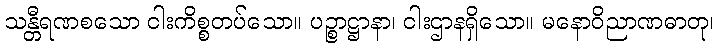
သန္တီရဏစသော ငါးကိစ္စတပ်သော။ ပဉ္စာဋ္ဌာနာ၊ ငါးဌာနရှိသော။ မနောဝိညာဏဓာတု၊